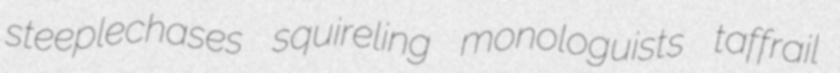
steeplechases squireling monologuists taffrail